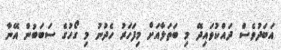
އަބަދުވެސް ދައްކުވައިދޭ މި ބަތަލާއަށް މިފަހަރު ހެދުނު މި ގޯހުގެ ސަބަބުން އޭނާ